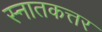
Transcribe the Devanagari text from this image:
स्नातकत्तर